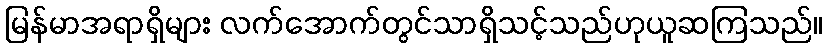
မြန်မာအရာရှိများ လက်အောက်တွင်သာရှိသင့်သည်ဟုယူဆကြသည်။